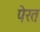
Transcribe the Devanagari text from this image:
पेरत